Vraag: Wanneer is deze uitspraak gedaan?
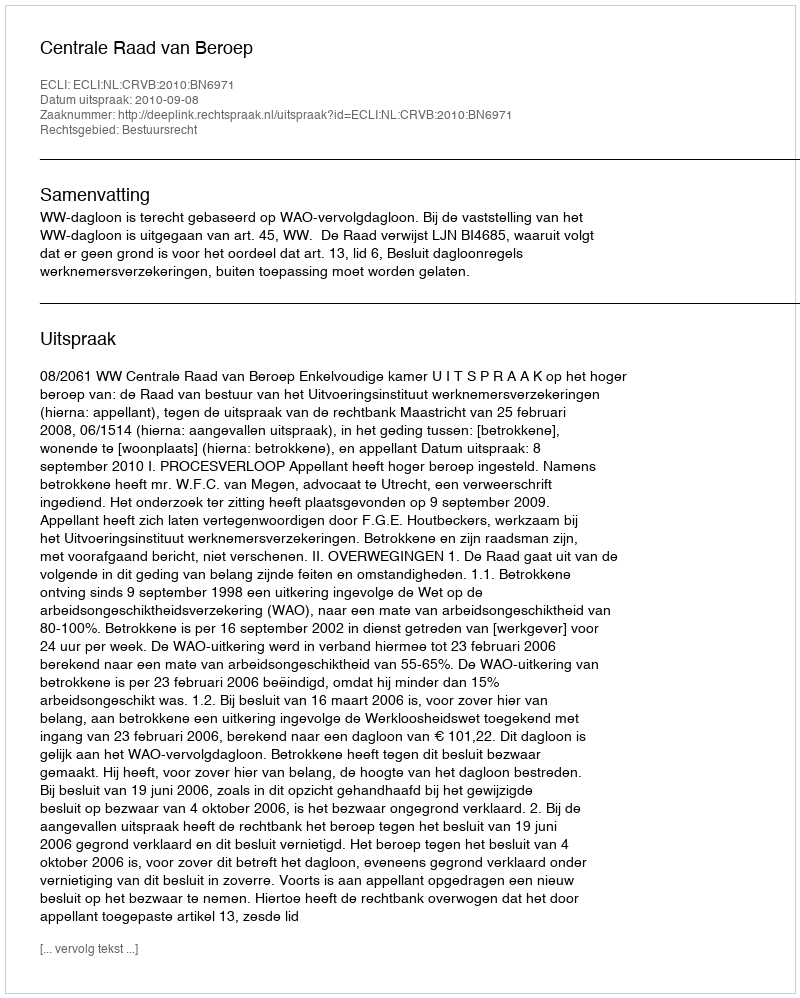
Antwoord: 2010-09-08